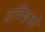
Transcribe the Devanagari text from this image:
द्रविड़को